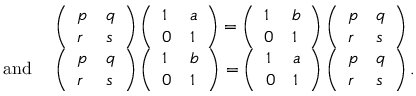
\begin{array} { r l } & { \left( \begin{array} { l l } { p } & { q } \\ { r } & { s } \end{array} \right) \left( \begin{array} { l l } { 1 } & { a } \\ { 0 } & { 1 } \end{array} \right) = \left( \begin{array} { l l } { 1 } & { b } \\ { 0 } & { 1 } \end{array} \right) \left( \begin{array} { l l } { p } & { q } \\ { r } & { s } \end{array} \right) } \\ { \mathrm { a n d ~ } } & { \left( \begin{array} { l l } { p } & { q } \\ { r } & { s } \end{array} \right) \left( \begin{array} { l l } { 1 } & { b } \\ { 0 } & { 1 } \end{array} \right) = \left( \begin{array} { l l } { 1 } & { a } \\ { 0 } & { 1 } \end{array} \right) \left( \begin{array} { l l } { p } & { q } \\ { r } & { s } \end{array} \right) . } \end{array}